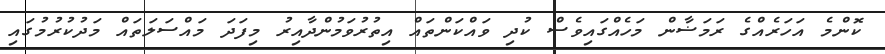
ކޮންމެ އަހަރެއްގެ ރަމަޟާން މަހެއްގައިވެސް ކުދި ވައްކަންތައް އިތުރުވަމުންދާއިރު މިފަދަ މައްސަލަތައް މަދުކުރުމުގައި